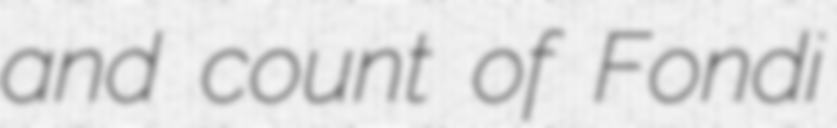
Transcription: and count of Fondi